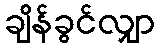
ချိန်ခွင်လျှာ